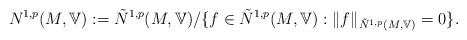
LaTeX: \begin{align*}N^{1,p}(M,\mathbb{V}):=\tilde{N}^{1,p}(M,\mathbb{V})/\{f\in \tilde{N}^{1,p}(M,\mathbb{V}): \|f\|_{\tilde{N}^{1,p}(M,\mathbb{V})}=0\}.\end{align*}